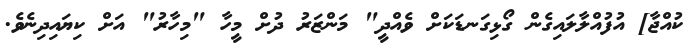
ކުއްޖާ] އުފުއްލާލައިގެން ގޯޅިގަނޑަކަށް ވެއްދީ" މަންޒަރު ދުށް މީހާ "މިހާރު" އަށް ކިޔައިދިނެވެ.